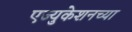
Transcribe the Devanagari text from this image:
एज्युकेशनच्या